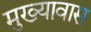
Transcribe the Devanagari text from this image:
मुख्यावास